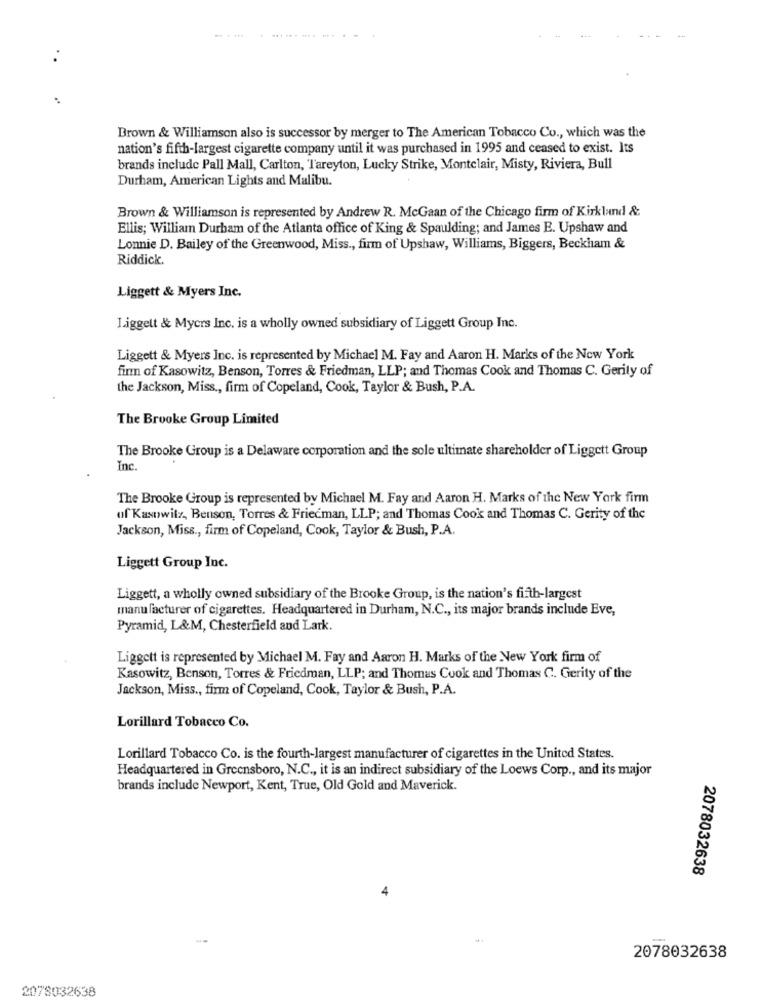
-.....
Brown & Williamson also is successor by merger to The American Tobacco Co ., which was the
nation's fifth-largest cigarette company until it was purchased in 1995 and ceased to exist. Its
brands include Pall Mall, Carlton, Tareyton, Lucky Strike, Montclair, Misty, Riviera, Bull
Durham, American Lights and Malibu.
Brown & Williamson is represented by Andrew R. McGaan of the Chicago firm of Kirkland &
Ellis; William Durham of the Atlanta office of King & Spaulding; and James E. Upshaw and
Lonnie D. Bailey of the Greenwood, Miss ., firm of Upshaw, Williams, Biggers, Beckham &
Riddick.
Liggett & Myers Inc.
Liggett & Myers Inc. is a wholly owned subsidiary of Liggett Group Inc.
Liggett & Myers Inc. is represented by Michael M. Fay and Aaron H. Marks of the New York
finn of Kasowitz, Benson, Torres & Friedman, LLP; and Thomas Cook and Thomas C. Gerity of
the Jackson, Miss ., firm of Copeland, Cook, Taylor & Bush, P.A.
The Brooke Group Limited
The Brooke Group is a Delaware corporation and the sole ultimate shareholder of Liggett Group
Inc.
The Brooke Group is represented by Michael M. Fay and Aaron H. Marks of the New York firm
of Kasowitz, Benson, Torres & Friedman, LLP; and Thomas Cook and Thomas C. Gerity of the
Jackson, Miss ., firm of Copeland, Cook, Taylor & Bush, P.A.
Liggett Group Inc.
Liggett, a wholly owned subsidiary of the Brooke Group, is the nation's fifth-largest
manufacturer of cigarettes. Headquartered in Durham, N.C ., its major brands include Eve,
Pyramid, L&M, Chesterfield and Lark.
Liggett is represented by Michael M. Fay and Aaron H. Marks of the New York firm of
Kasowitz, Benson, Torres & Friedman, LLP; and Thomas Cook and Thomas C. Gerity of the
Jackson, Miss ., firm of Copeland, Cook, Taylor & Bush, P.A.
Lorillard Tobacco Co.
Lorillard Tobacco Co. is the fourth-largest manufacturer of cigarettes in the United States.
Headquartered in Greensboro, N.C ., it is an indirect subsidiary of the Loews Corp ., and its major
brands include Newport, Kent, True, Old Gold and Maverick.
2078032638
2078032638
2078032638